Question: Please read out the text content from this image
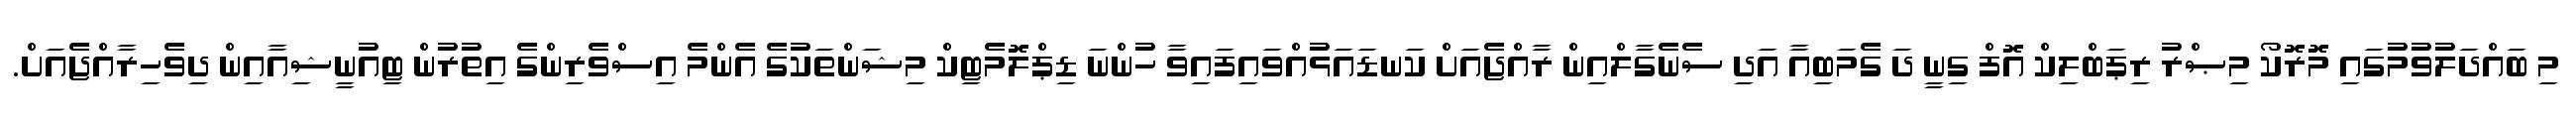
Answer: މި ބައްދަލުވުމުގައި މޮރޮކޯ މިޞްރު ރިޕަބްލިކް އޮފް ގިނީ ދަ ގެމަބިއާ އަދި ސެނެގާލްއިން ރާއްޖެއަށް ކަނޑައަޅުއްވައިފައިވާ ހުންނަ ޑިޕްލޮމެޓިކް މިޝަންތަކުގެ އެންމެ އިސްވެރިންގެ އިތުރުން ޓިއުނީޝިއާއިން ދިވެހިރާއްޖެއަށް.